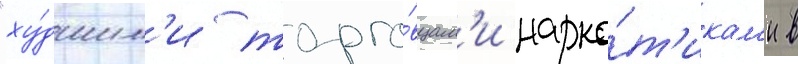
"ху́дшим'и торго́вцам'и нарко́т'икам'и в